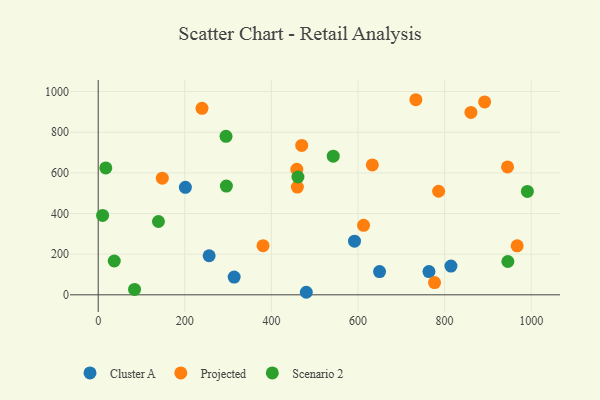
{"axis": {"x": "Price", "y": "Sales"}, "legend": ["Cluster A", "Projected", "Scenario 2"], "data": [{"x": "201.3", "y": 528.8, "type": "Cluster A"}, {"x": "591.9", "y": 263.7, "type": "Cluster A"}, {"x": "814.7", "y": 141.2, "type": "Cluster A"}, {"x": "314.0", "y": 87.1, "type": "Cluster A"}, {"x": "256.2", "y": 192.3, "type": "Cluster A"}, {"x": "763.9", "y": 114.2, "type": "Cluster A"}, {"x": "480.6", "y": 12.5, "type": "Cluster A"}, {"x": "649.8", "y": 114.3, "type": "Cluster A"}, {"x": "633.1", "y": 639.2, "type": "Projected"}, {"x": "786.2", "y": 509.4, "type": "Projected"}, {"x": "967.6", "y": 241.0, "type": "Projected"}, {"x": "612.8", "y": 341.8, "type": "Projected"}, {"x": "239.7", "y": 917.5, "type": "Projected"}, {"x": "860.8", "y": 897.3, "type": "Projected"}, {"x": "733.6", "y": 959.8, "type": "Projected"}, {"x": "460.0", "y": 529.9, "type": "Projected"}, {"x": "470.0", "y": 735.2, "type": "Projected"}, {"x": "945.4", "y": 629.1, "type": "Projected"}, {"x": "892.5", "y": 948.9, "type": "Projected"}, {"x": "380.7", "y": 242.0, "type": "Projected"}, {"x": "458.7", "y": 617.6, "type": "Projected"}, {"x": "776.8", "y": 60.3, "type": "Projected"}, {"x": "148.0", "y": 573.7, "type": "Projected"}, {"x": "461.3", "y": 579.7, "type": "Scenario 2"}, {"x": "542.8", "y": 681.9, "type": "Scenario 2"}, {"x": "17.5", "y": 624.1, "type": "Scenario 2"}, {"x": "83.9", "y": 26.5, "type": "Scenario 2"}, {"x": "296.0", "y": 535.0, "type": "Scenario 2"}, {"x": "295.2", "y": 779.7, "type": "Scenario 2"}, {"x": "37.1", "y": 166.3, "type": "Scenario 2"}, {"x": "991.2", "y": 508.8, "type": "Scenario 2"}, {"x": "139.1", "y": 360.7, "type": "Scenario 2"}, {"x": "946.1", "y": 164.0, "type": "Scenario 2"}, {"x": "10.2", "y": 390.6, "type": "Scenario 2"}]}